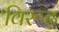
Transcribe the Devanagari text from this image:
विरूढ़